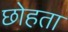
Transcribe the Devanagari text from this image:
छोहता